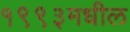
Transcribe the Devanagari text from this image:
१९९३मधील